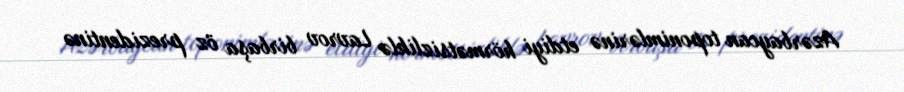
Azərbaycan toponimlərinə etdiyi hörmətsizliklə Lavrov birbaşa öz prezidentinə